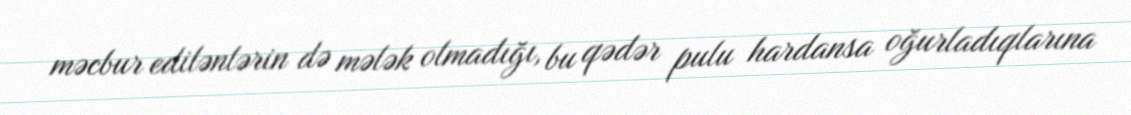
məcbur edilənlərin də mələk olmadığı, bu qədər pulu hardansa oğurladıqlarına